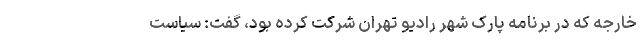
خارجه که در برنامه پارک شهر رادیو تهران شرکت کرده بود، گفت: سیاست